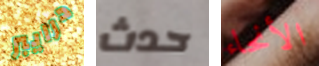
درايبر حدث الأنحاء